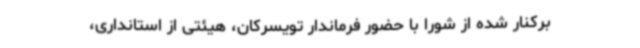
برکنار شده از شورا با حضور فرماندار تویسرکان، هیئتی از استانداری،